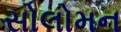
સોલોમન